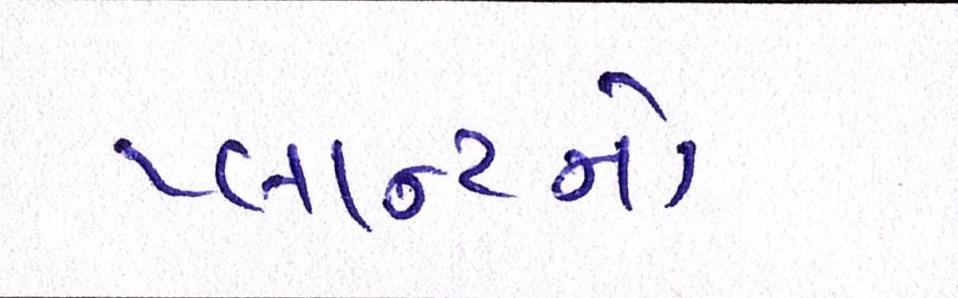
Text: પ્લાન્ટનો